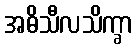
အဓိသီလသိက္ခာ